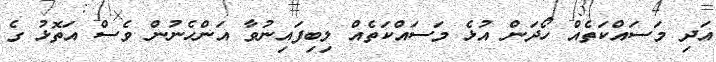
އަދި މަސައްކަތެއް ހޯދަން އުޅެ މަސައްކަތެއް ލިބިފައިނުވާ އަންހެނުން ވެސް އަތޮޅު ގެ